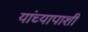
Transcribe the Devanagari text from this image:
यांच्यापाशी